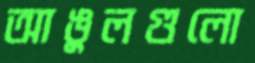
আঙুলগুলো